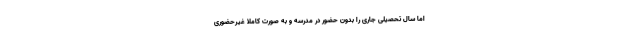
اما سال تحصیلی جاری را بدون حضور در مدرسه و به صورت کاملا غیرحضوری